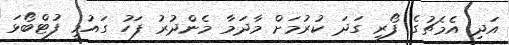
އަދި އެމެޗުގެ ފޯރި ގަދަ ކުރުމަށް މާދަމާ މެންދުރު ފަހު ގައުމީ ފުޓްބޯޅަ